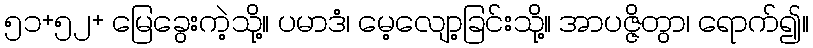
၅၁+၅၂+ မြေခွေးကဲ့သို့။ ပမာဒံ၊ မေ့လျော့ခြင်းသို့။ အာပဇ္ဇိတွာ၊ ရောက်၍။